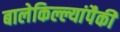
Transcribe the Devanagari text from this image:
बालेकिल्ल्यांपैकी